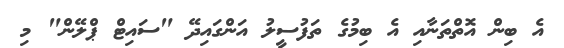
އެ ބިން އޮތްތަނާއި އެ ބިމުގެ ތަފުސީލު އަންގައިދޭ "ސައިޓް ޕްލޭން" މި